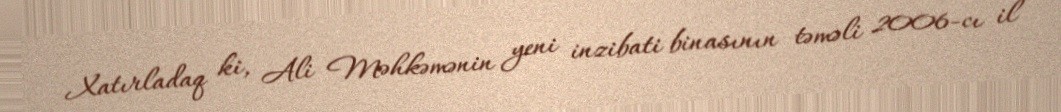
Xatırladaq ki, Ali Məhkəmənin yeni inzibati binasının təməli 2006-cı il